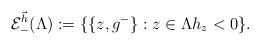
LaTeX: \begin{align*}\mathcal{E}^{\vec{h}}_{-}(\Lambda):=\{\{z,g^{-}\}:z\in\Lambda h_z<0\}.\end{align*}